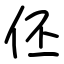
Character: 伾